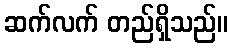
ဆက်လက် တည်ရှိသည်။